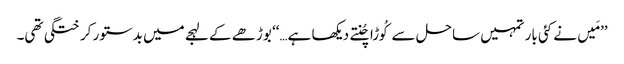
’’مَیں نے کئی بار تمہیں ساحل سےکُوڑا چُنتے دیکھا ہے…‘‘ بوڑھے کے لہجے میں بدستور کرختگی تھی۔